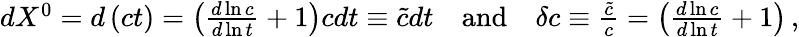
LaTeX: \begin{array}{r}{dX^{0}=d\left(ct\right)=\left(\frac{d\ln c}{d\ln t}+1\right)cdt\equiv\tilde{c}dt\quad\textrm{and}\quad\delta c\equiv\frac{\tilde{c}}{c}=\left(\frac{d\ln c}{d\ln t}+1\right)\, ,}\end{array}